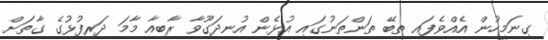
ގިނަމީހުން އެއްވެފައި ތިބޭ ތަންތަނުގައި އުޅެން އުނދަގޫވާ ރާބިއާ މާމަ ދަރިފުޅުގެ ގާތަށް